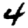
Digit: 4